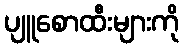
ပျူစောထီးများကို